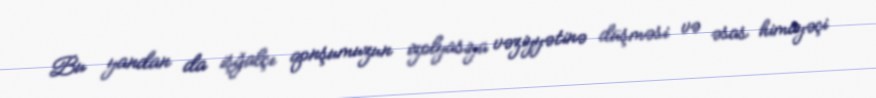
Bu yandan da işğalçı qonşumuzun izolyasiya vəziyyətinə düşməsi və əsas himayəçi